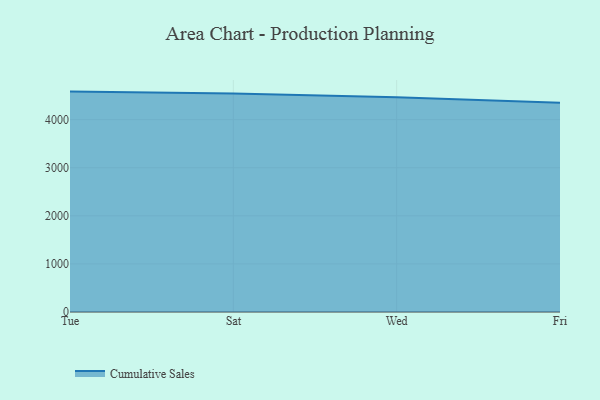
{"axis": {"x": "Day", "y": "Net Income (USD K)"}, "legend": ["Cumulative Sales"], "data": [{"x": "Tue", "y": 4583.4, "type": "Cumulative Sales"}, {"x": "Sat", "y": 4546.1, "type": "Cumulative Sales"}, {"x": "Wed", "y": 4465.6, "type": "Cumulative Sales"}, {"x": "Fri", "y": 4354.0, "type": "Cumulative Sales"}]}